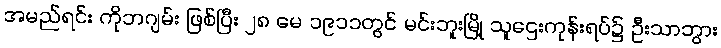
အမည်ရင်း ကိုဘဂျမ်း ဖြစ်ပြီး ၂၈ မေ ၁၉၁၁တွင် မင်းဘူးမြို့ သူဌေးကုန်းရပ်၌ ဦးသာဘွား